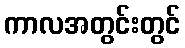
ကာလအတွင်းတွင်